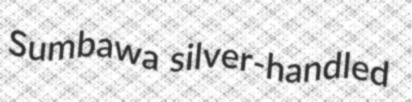
Sumbawa silver-handled